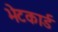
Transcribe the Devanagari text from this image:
भेटकार्ड